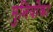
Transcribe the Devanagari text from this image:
मुनियोंका